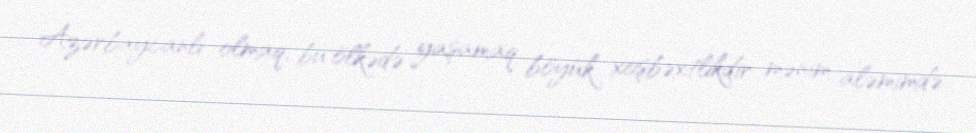
Azərbaycanlı olmaq, bu ölkədə yaşamaq böyük xoşbəxtlikdir mənim aləmimdə.